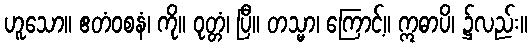
ဟူသော။ ဧတံဝစနံ၊ ကို။ ဝုတ္တံ၊ ပြီ။ တသ္မာ၊ ကြောင့်။ ဣဓာပိ၊ ၌လည်း။